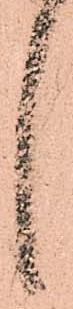
言